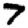
Digit: 7